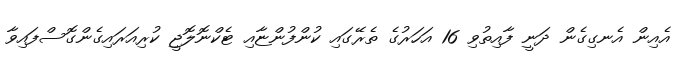
އެއިން އެނގިގެން ދަނީ ފާއިތުވި 16 އަހަރުގެ ތެރޭގައި ކުންފުންޏާއި ޓެކްނޮލޮޖީ ކުރިއަރައިގެންގޮސްފައިވާ